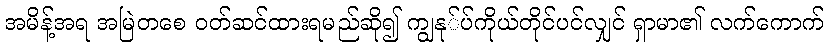
အမိန့်အရ အမြဲတစေ ဝတ်ဆင်ထားရမည်ဆို၍ ကျွနု်ပ်ကိုယ်တိုင်ပင်လျှင် ရှာမာ၏ လက်ကောက်